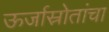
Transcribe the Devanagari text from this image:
ऊर्जास्रोतांचा